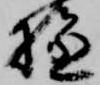
拯